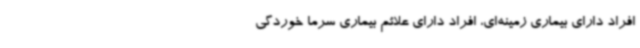
افراد دارای بیماری زمینه‌ای، افراد دارای علائم بیماری سرما خوردگی